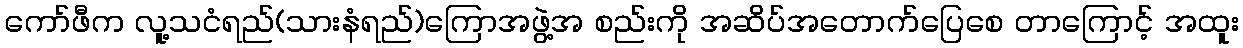
ကော်ဖီက လူ့သငံရည်(သားနံရည်)ကြောအဖွဲ့အ စည်းကို အဆိပ်အတောက်ပြေစေ တာကြောင့် အထူး